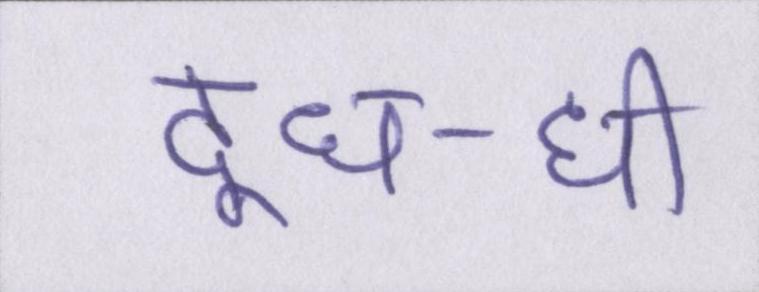
दूध-घी